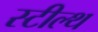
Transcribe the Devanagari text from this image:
स्‍टील्‍थ